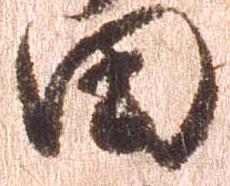
田